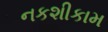
નકશીકામ